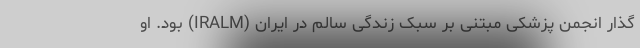
گذار انجمن پزشکی مبتنی بر سبک زندگی سالم در ایران (IRALM) بود. او